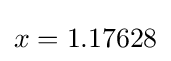
x=1.17628